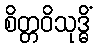
စိတ္တဝိသုဒ္ဓိံ